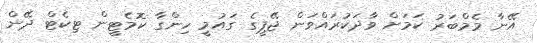
އޭނާ މެމްބަރު ކަމަށް ވާދަކުރައްވަން ޖޭޕީގެ ގައުމީ ހިންގާ ކޮމެޓީން ޓިކެޓް ދޭން